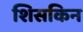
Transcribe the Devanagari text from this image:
शिसकिन